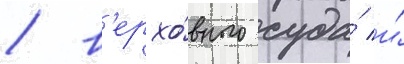
/ в'ерхо́вного суда́ и́